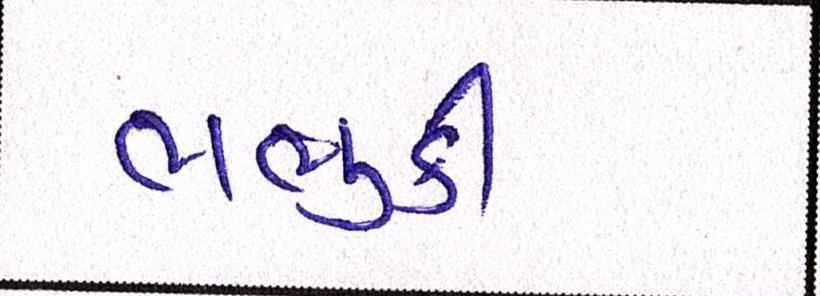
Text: ભભુકી